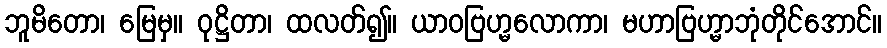
ဘူမိတော၊ မြေမှ။ ဝုဋ္ဌိတာ၊ ထလတ်၍။ ယာဝဗြဟ္မလောကာ၊ မဟာဗြဟ္မာဘုံတိုင်အောင်။